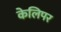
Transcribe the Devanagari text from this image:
केलिपर